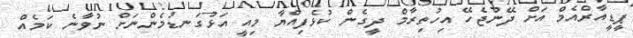
ޕީޑީއާރްއެމް އަށް ދޭންޖެހޭ އިހުތިރާމް ދީގެން ކުޅެފިއްޔާ މިއީ އަޅުގަނޑުމެންނަށް ނުވާނެ ކަމެއް